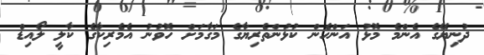
ދުނިޔޭގެ އެންމެ މޮޅު އަންހެން ކުޅުންތެރިޔާގެ މަގާމަށް ހޮވުނު އެމެރިކާގެ ކާލީ ލޯއިޑް